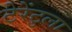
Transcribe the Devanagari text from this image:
टेरेंटुला